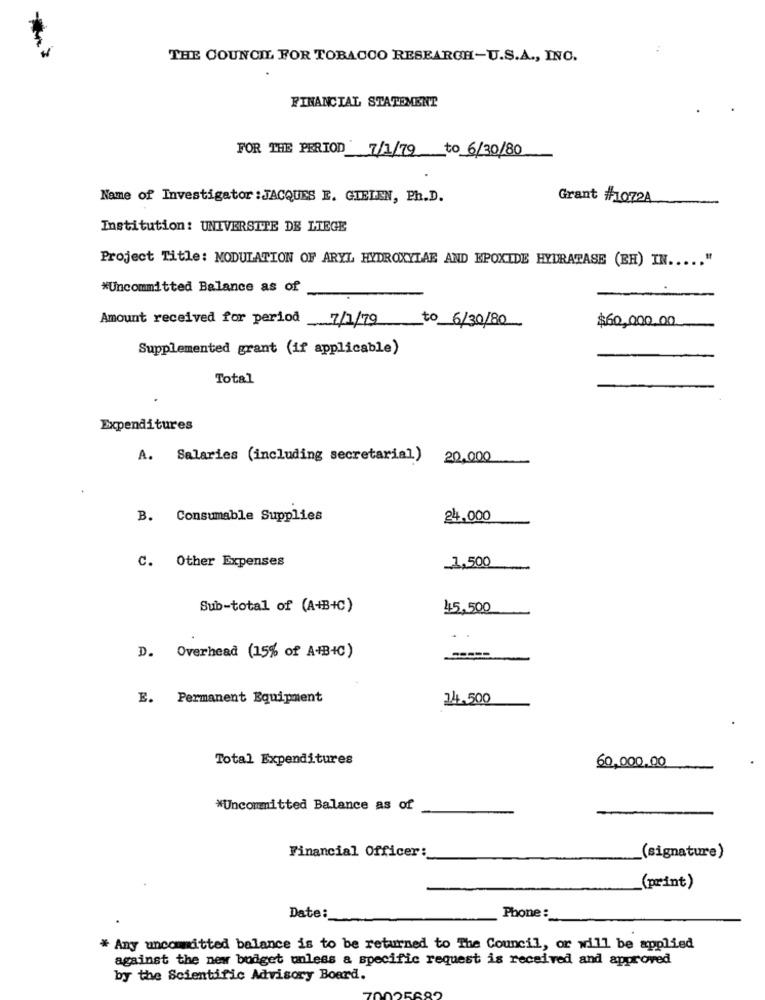
THE COUNCIL FOR TOBACCO RESEARCH-U.S.A ., INC.
FINANCIAL STATEMENT
FOR THE PERIOD 7/1/79 to 6/30/80
Name of Investigator : JACQUES E. GIELEN, Ph.D.
Grant #1072A
Institution: UNIVERSITE DE LTEGE
Project Title: MODULATION OF ARYL HYDROXYLAE AND EPOXIDE HYDRATASE (EH) IN ..... "
*Uncommitted Balance as of
Amount received for period 7/1/79
$60,000.00
to 6/30/80
Supplemented grant (if applicable)
Total
Expenditures
A. Salaries (including secretarial) 20,000
B. Consumable Supplies
24,000
C. Other Expenses
1,500
Sub-total of (A+B+C)
45,500
D. Overhead (15% of A+B+C)
E. Permanent Equipment
14.500
Total Expenditures
60,000,00
*Uncommitted Balance as of
Financial Officer:
(signature)
(print)
Date:
Phone:
* Any uncommitted balance is to be returned to The Council, or will be applied
against the new budget unless a specific request is received and approved
by the Scientific Advisory Board.